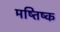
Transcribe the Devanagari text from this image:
मष्तिष्‍क